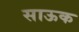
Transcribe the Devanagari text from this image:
साऊक